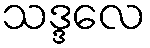
သဒ္ဒလေ